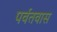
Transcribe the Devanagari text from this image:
पर्वतवास